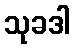
သုခဒါ